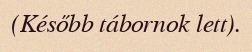
(Később tábornok lett).